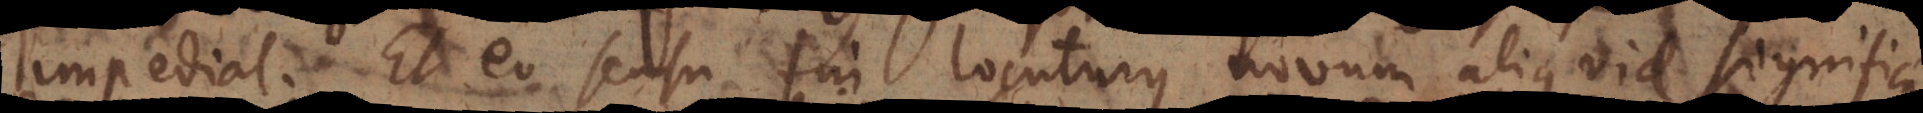
impediat. Et eo sensu fui locuturus novum aliquid significat.